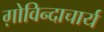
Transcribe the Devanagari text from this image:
ग़ोविन्दाचार्य